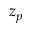
z _ { p }